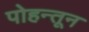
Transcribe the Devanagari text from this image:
पोहन्तून